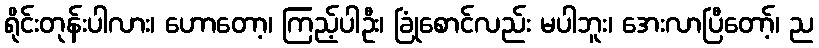
ရိုင်းတုန်းပါလား၊ ဟောတော့၊ ကြည့်ပါဦး၊ ခြုံစောင်လည်း မပါဘူး၊ အေးလာပြီတော့်၊ ည